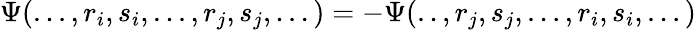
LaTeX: \Psi(...,r_{i},s_{i},...,r_{j},s_{j},...)=-\Psi(..,r_{j},s_{j},...,r_{i},s_{i},...)